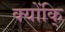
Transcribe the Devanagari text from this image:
क्योंकि्